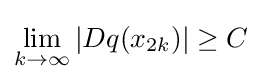
\lim _{k\rightarrow \infty }|Dq(x_{2k})|\geq C